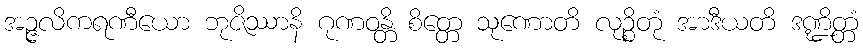
အဉ္ဇလိကရဏီယော ဘုဇိဿာနိ ဂုဏဝန္တိ စိတ္တေ သုဏောတိ လုဉ္စိတုံ အာဒီယတိ ဒဏ္ဍိတ္တံ